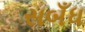
સબઁધ